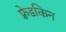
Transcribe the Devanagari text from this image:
फ़्रेडकिन